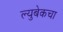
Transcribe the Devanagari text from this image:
ल्युबेकचा